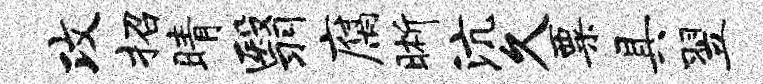
攻招睛翳腐晰沆久粟具翌